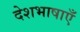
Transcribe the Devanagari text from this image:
देशभाषाएँ